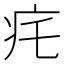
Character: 𤴱